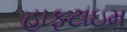
હાફટાઇમ